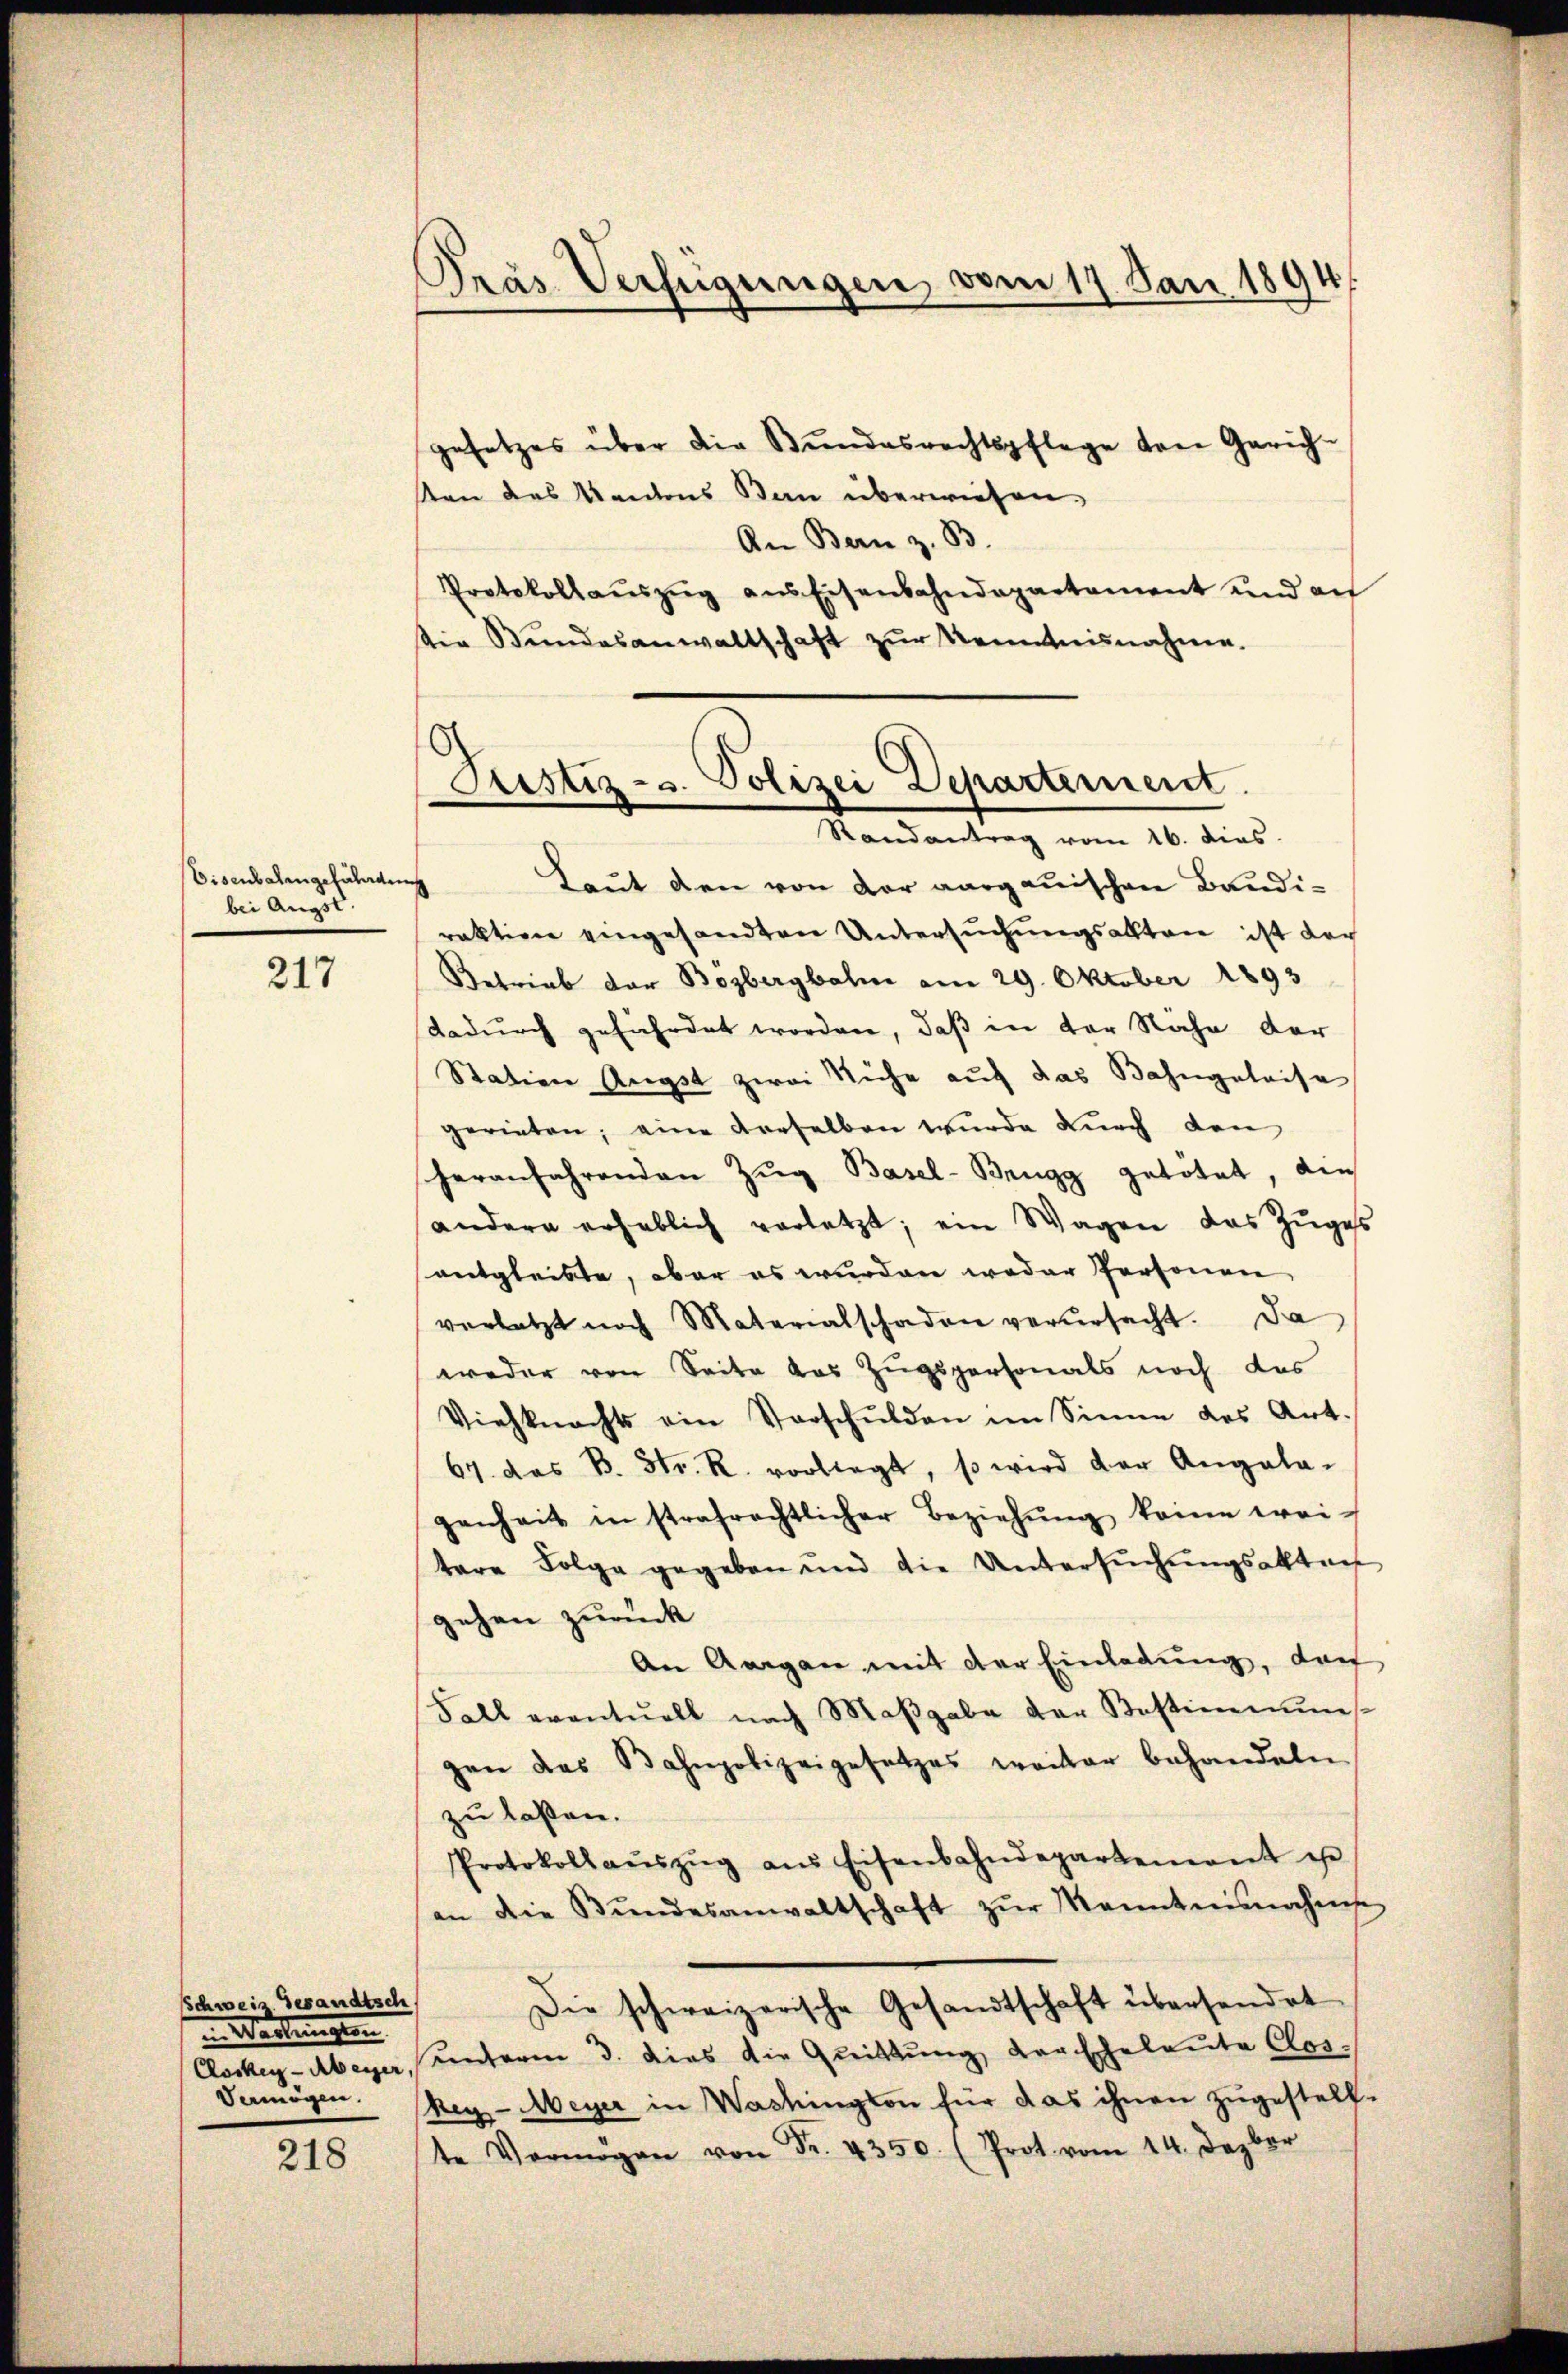
Eisenbalangefährden
bei Ausst

217

Schweis Gesandtsch
in Werbungen

218

Pras Verfügungen vom 17. Jan. 1894/

gesetzes über die Bundesrechtspflege von Gerichsten des Kantons Ban überwiesen.
An Bern z. B.
Protokollaŭszŭg ans Eisenbahndepartement und an
die Bŭndesanwaltschaft zŭr Kenntnisnahme.

Justiz- u. Polizei Departement.
Randantrag vom 16. dies

Laut den von der aargauischen Baudis
raktion eingesandten Untersuchungsakten ist der
Betrieb der Bozbergbahn am 29. Oktober 1893
dadurch gefährdet worden, daß in der Nähe der
Station Augst zwei Siche auf das Bahngeleise
gerieten; eine derselben wurde durch den
heranfahrenden Zŭg Basel-Brugg getötet, die
andern erheblich verletzt; ein Wagen das Zuges
entgleiste, aber es wurden weder Personen,
verletzt noch Materialschaden verŭrsacht. Da
weder von Seite das Zugspersonals noch des
Viehknechts ein Vorschŭlden im Sinne des Art.
67 das B. Str. R. vorliegt, so wird der Angala-
genheit in strafrechtlicher Beziehŭng keine wei-
tare Folge gegeben und die Untersŭchŭngsakten
gehen zurück
An Aargau mit der Einladung, doch
Fall eventuell nach Maβgabe der Bestimmun-
gen das Bahnpolizeigesetzes weiter behandeln
zu laßen.
Protokoll aŭszŭg aŭs Eisenbahndepartement u
an die Bŭndesanwaltschaft zŭr Kenntnisnahme
Die schweizerische Gesandtschaft übersendet
Coskey-Abegger, unterm 3. dies die Quittung der Eheleute Clos¬
Vermögen. (Meg-Meyer in Washington für das ihnen zugestellte Vermögen von Fr. 4350. (Prot. vom 14. Dezber